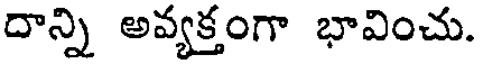
దాన్ని అవ్యక్తంగా భావించు.